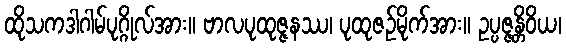
ထိုသကဒါဂါမ်ပုဂ္ဂိုလ်အား။ ဗာလပုထုဇ္ဇနဿ၊ ပုထုဇဉ်မိုက်အား။ ဥပ္ပဇ္ဇန္တိဝိယ၊